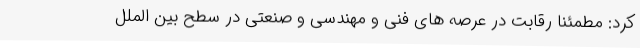
کرد: مطمئنا رقابت در عرصه های فنی و مهندسی و صنعتی در سطح بین الملل